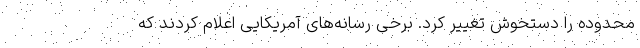
محدوده را دستخوش تغییر کرد. برخی رسانه‌های آمریکایی اعلام کردند که